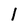
Character: 1